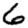
Digit: 6